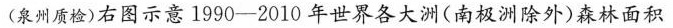
(泉州质检)右图示意1990-2010年世界各大洲(南极洲除外)森林面积